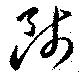
師